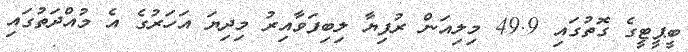
ބީޕީޓީގެ ގޮތުގައި 49.9 މިލިއަން ރުފިޔާ ލިބިފަވާއިރު މިދިޔަ އަހަރުގެ އެ މުއްދަތުގައި